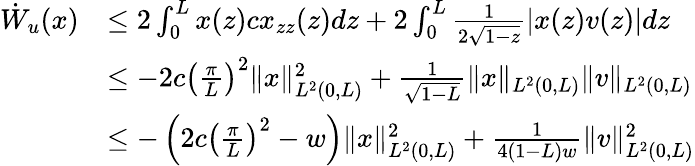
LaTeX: \begin{array}{rl}{\dot{W}_{u}(x)}&{\leq 2\int_{0}^{L}x(z)cx_{zz}(z)dz+2\int_{0}^{L}\frac{1}{2\sqrt{1-z}}|x(z)v(z)|dz}\\ &{\leq-2c\left(\frac{\pi}{L}\right)^{2}\| x\| _{L^{2}(0,L)}^{2}+\frac{1}{\sqrt{1-L}}\| x\| _{L^{2}(0,L)}\| v\| _{L^{2}(0,L)}}\\ &{\leq-\left(2c\left(\frac{\pi}{L}\right)^{2}-w\right)\| x\| _{L^{2}(0,L)}^{2}+\frac{1}{4(1-L)w}\| v\| _{L^{2}(0,L)}^{2}}\end{array}